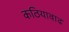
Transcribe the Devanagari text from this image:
कठियावाढ